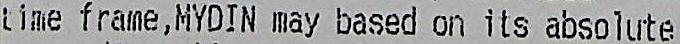
TIME FRAME, MYDIN MAY BASED ON ITS ABSOLUTE